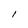
Character: I